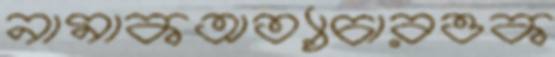
নামাকঅত্যাচারওক